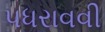
પધરાવવી